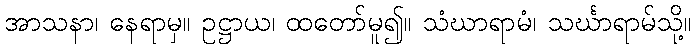
အာသနာ၊ နေရာမှ။ ဥဋ္ဌာယ၊ ထတော်မူ၍။ သံဃာရာမံ၊ သင်္ဃာရာမ်သို့။